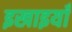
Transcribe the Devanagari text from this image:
इखाइयाँ